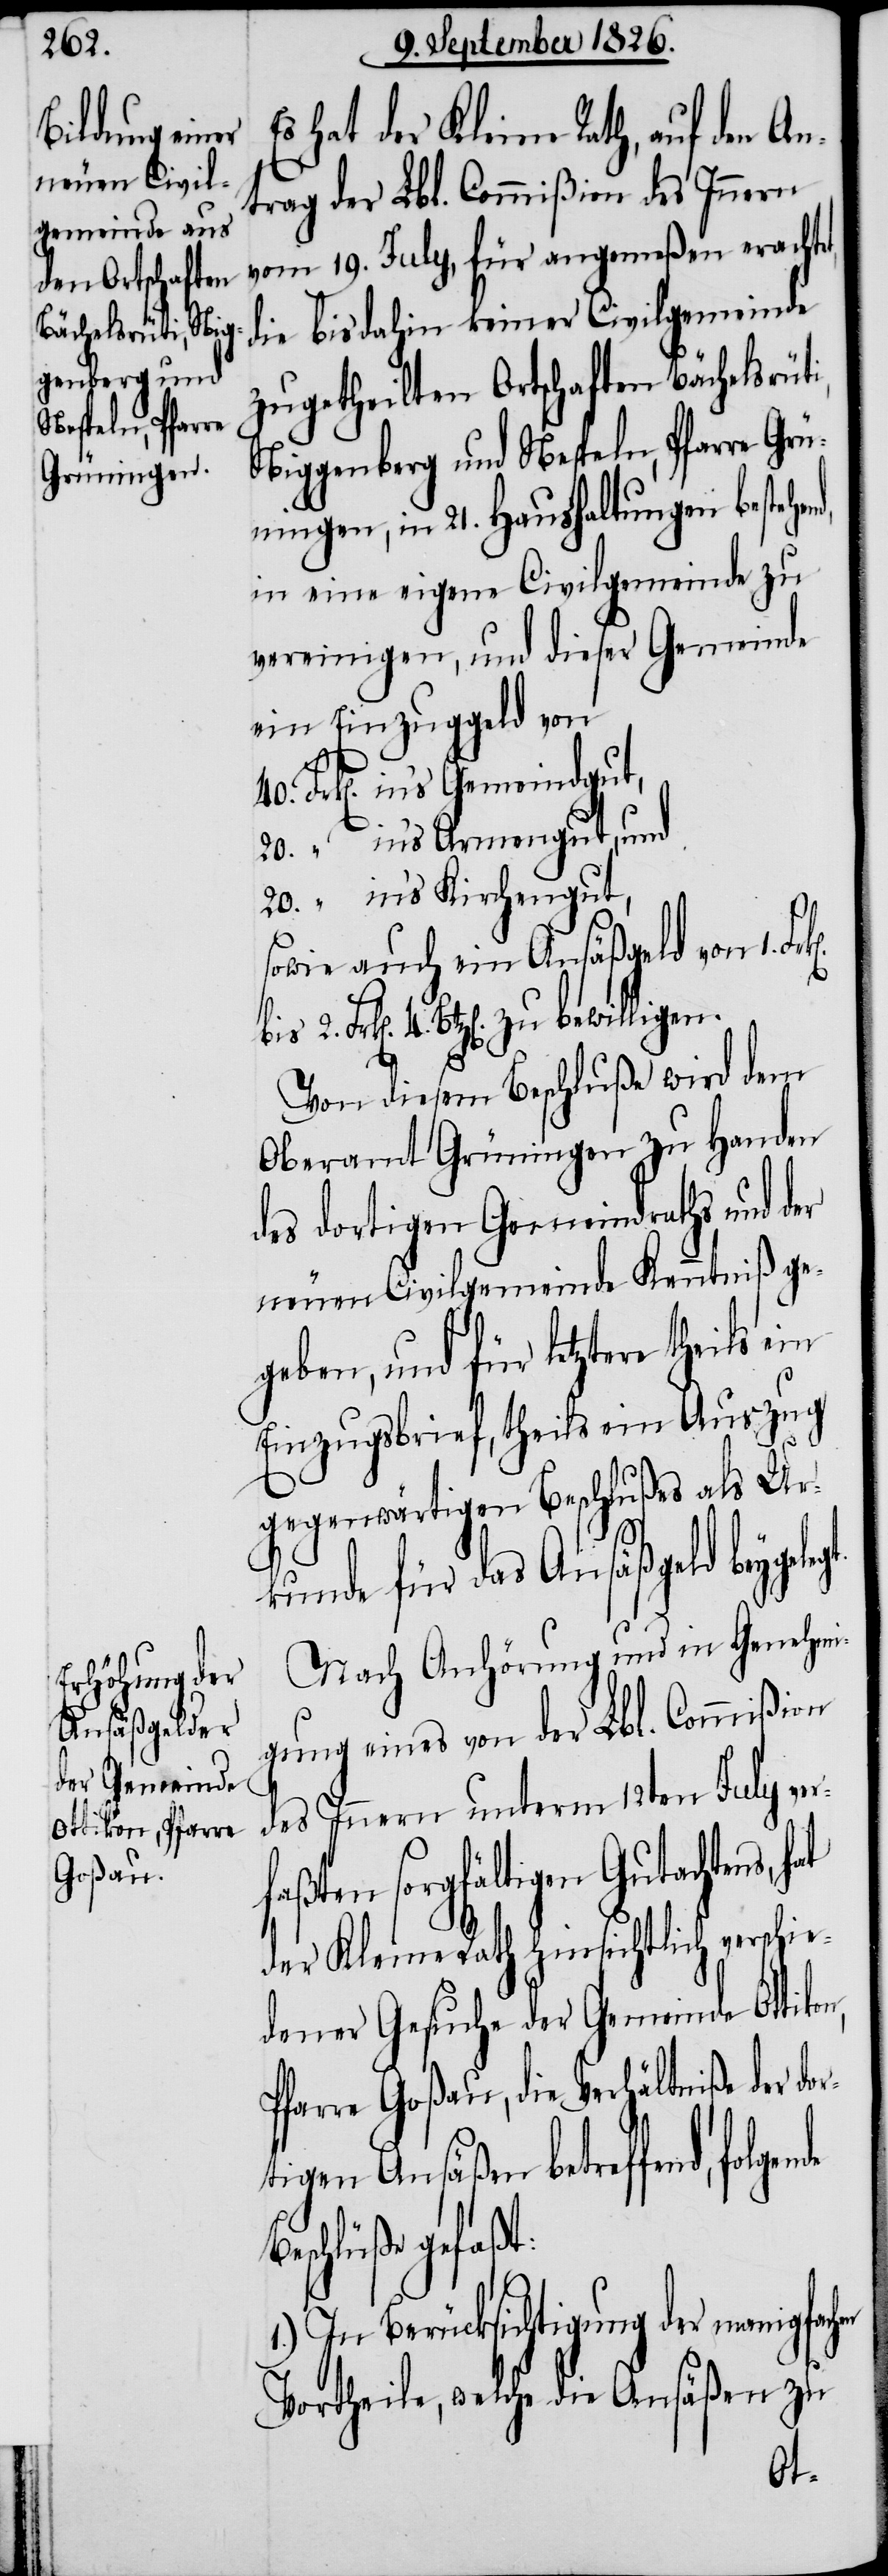
neuen Civil¬
gemeinde keine,

Es hat der Kleine Rath, auf den An¬
trag der Lbl. Commißion des Innern
vom 19. July, für angemeßen erachte¬
die bis dahin keiner Civilgemeinde
zugetheilten Ortschaften Bächelsrüt¬
Niggenberg und Nespeln, Pfarre Grü¬
ningen, in 21. Haushaltungen bestehe¬
in eine eigene Civilgemeinde zu
vereinigen, und dieser Gemeinde
ein Einzuggeld von
in’s Gemeindgut,
“		in’s Armengut, und
20.	 “		in’s Kirchengut,
sowie auch ein Ansäßgeld von 1.
Frk[en]. 4. Btz[en]. zu bewilligen.
Von diesem Beschluße wird dem
Oberamt Grüningen zu Handen
des dortigen Gemeindraths und der
Einzugsbrief, theils ein Auszug
gegenwärtigen Beschlußes als Urk¬
unde für das Ansäßgeld beyge¬
Nach Anhörung und in Genehmi¬
gung eines von der Lbl. Commißion
des Innern unterm 12ten July ver¬
aßten sorgfältigen Gutachtens,
der Kleine Rath hinsichtlich verschie¬
dener Gesuche der Gemeinde Ottiko¬
Pfarre Goßau, die Verhältniße der do¬
tigen Ansäßen betreffend,
Beschlüße gefaßt:
1.) In Berücksichtigung der mannigfac¬
Vortheile, welche die Ansäßen zu
hen